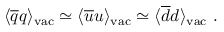
\langle \overline { { { q } } } q \rangle _ { \mathrm { v a c } } \simeq \langle \overline { { { u } } } u \rangle _ { \mathrm { v a c } } \simeq \langle \overline { { { d } } } d \rangle _ { \mathrm { v a c } } \ .